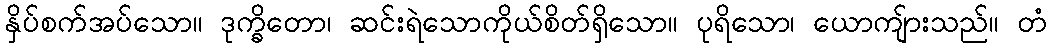
နှိပ်စက်အပ်သော။ ဒုက္ခိတော၊ ဆင်းရဲသောကိုယ်စိတ်ရှိသော။ ပုရိသော၊ ယောကျ်ားသည်။ တံ